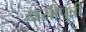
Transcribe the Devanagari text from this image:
दासीपुत्री